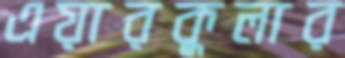
এয়ারকুলার